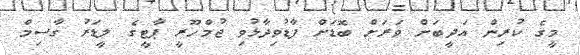
މީގެ ކުރިން އަދީބަށް ވަރަށް ބޮޑަށް ފާޑުވިދާޅުވި ޖުމްހޫރީ ޕާޓީގެ ލީޑަރު ގާސިމް